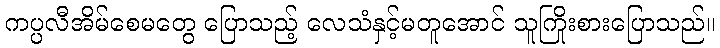
ကပ္ပလီအိမ်စေမတွေ ပြောသည့် လေသံနှင့်မတူအောင် သူကြိုးစားပြောသည်။